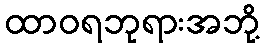
ထာဝရဘုရားအဘို့